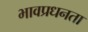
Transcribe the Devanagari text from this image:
भावप्रधनता